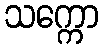
သက္ကော